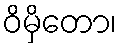
ဝိမှိတော၊